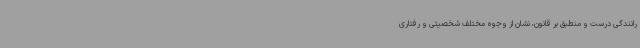
رانندگی درست و منطبق بر قانون، نشان از وجوه مختلف شخصیتی و رفتاری